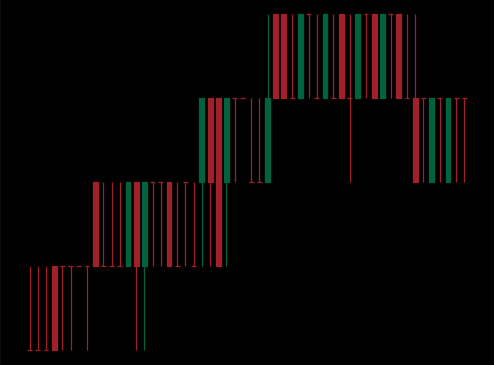
Pattern: bear_flag